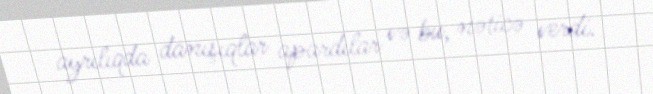
ayrılıqda danışıqlar apardılar və bu, nəticə verdi.